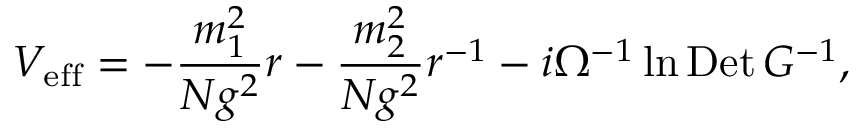
V _ { \mathrm { e f f } } = - \frac { m _ { 1 } ^ { 2 } } { N g ^ { 2 } } r - \frac { m _ { 2 } ^ { 2 } } { N g ^ { 2 } } r ^ { - 1 } - i \Omega ^ { - 1 } \ln \mathrm { D e t } \, G ^ { - 1 } ,